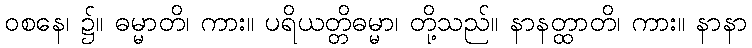
ဝစနေ၊ ၌။ ဓမ္မာတိ၊ ကား။ ပရိယတ္တိဓမ္မာ၊ တို့သည်။ နာနတ္ထာတိ၊ ကား။ နာနာ